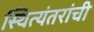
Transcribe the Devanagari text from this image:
स्थित्यंतरांची